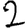
Digit: 2